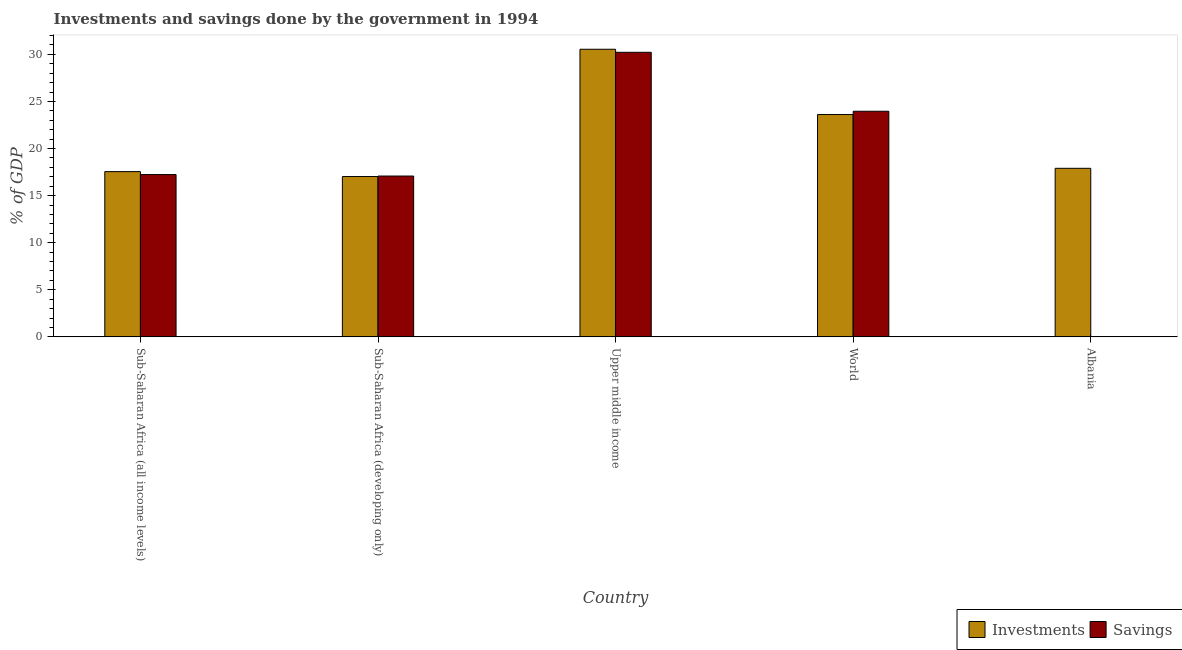
| Country | Investments | Savings |
 | --- | --- | --- |
 | Sub-Saharan Africa (all income levels) | 17.5 | 17.2 |
 | Sub-Saharan Africa (developing only) | 17 | 17.1 |
 | Upper middle income | 30.5 | 30.2 |
 | World | 23.6 | 24 |
 | Albania | 17.9 | -9.7 |